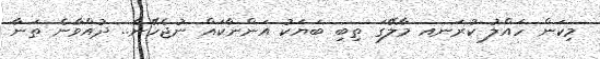
މިކަން ހައްލު ކުރަނއ މާލޭގަ ތިބި ބަޔަކު އަންނާކައް ނުޖެހޭނެ.. ދުއްވާނެ ތަނާ